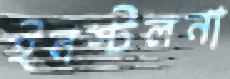
ইনস্টলনা